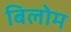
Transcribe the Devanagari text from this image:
बिलोम